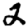
Digit: 2